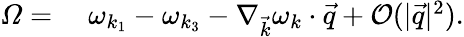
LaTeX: \begin{array}{rl}{\varOmega=\; }&{{}\omega_{k_{1}}-\omega_{k_{3}}-\nabla_{\vec{k}}\omega_{k}\cdot\vec{q}+\mathcal{O}(|\vec{q}|^{2}).}\end{array}